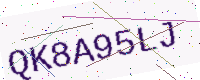
Text: QK8A95LJ